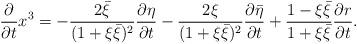
LaTeX: \begin{align*}\frac{\partial}{\partial t}x^3=-\frac{2\bar{\xi}}{(1+\xi\bar{\xi})^2}\frac{\partial\eta}{\partial t}-\frac{2\xi}{(1+\xi\bar{\xi})^2}\frac{\partial\bar{\eta}}{\partial t}+\frac{1-\xi\bar{\xi}}{1+\xi\bar{\xi}}\frac{\partial r}{\partial t}.\end{align*}